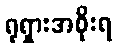
ရုရှားအစိုးရ